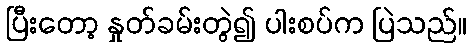
ပြီးတော့ နှုတ်ခမ်းတွဲ၍ ပါးစပ်က ပြဲသည်။